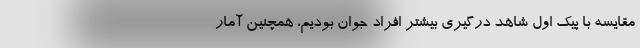
مقایسه با پیک اول شاهد درگیری بیشتر افراد جوان بودیم، همچنین آمار